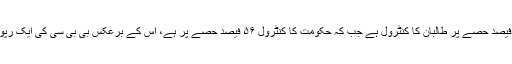
نیٹو سے ملحقہ ایک ادارے کی رپوٹ کے مطابق ملک کے ۱۴ فیصد حصے پر طالبان کا کنٹرول ہے جب کہ حکومت کا کنٹرول ۵۶ فیصد حصے پر ہے، اس کے برعکس بی بی سی کی ایک رپوٹ کے مطابق ملک کے ۷۰ فیصد حصے میں طالبا ن فعال ہیں۔